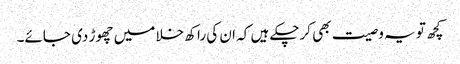
کچھ تو یہ وصیت بھی کرچکے ہیں کہ ان کی راکھ خلا میں چھوڑ دی جائے۔